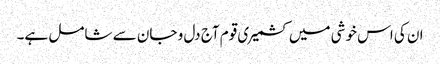
ان کی اس خوشی میں کشمیری قوم آج دل و جان سے شامل ہے۔